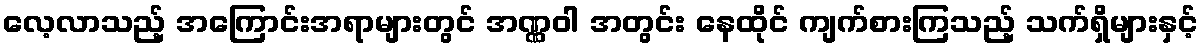
လေ့လာသည့် အကြောင်းအရာများတွင် အဏ္ဏဝါ အတွင်း နေထိုင် ကျက်စားကြသည့် သက်ရှိများနှင့်